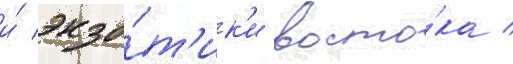
и́ экзо́т'ик'и восто́ка /